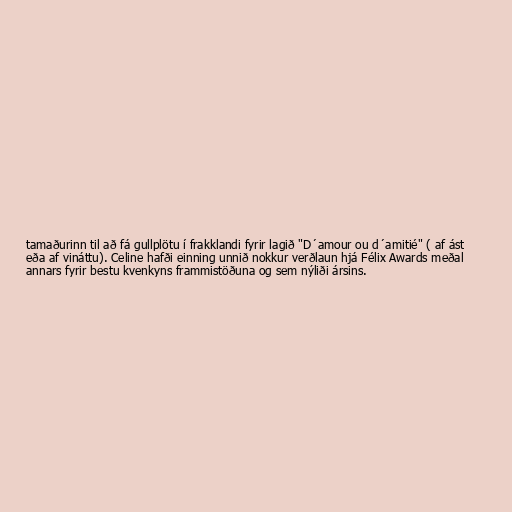
tamaðurinn til að fá gullplötu í frakklandi fyrir lagið "D´amour ou d´amitié" ( af ást
eða af vináttu). Celine hafði einning unnið nokkur verðlaun hjá Félix Awards meðal
annars fyrir bestu kvenkyns frammistöðuna og sem nýliði ársins.